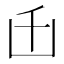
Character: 𠙺